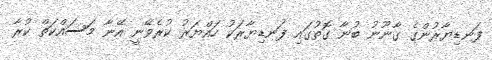
ފަނޑިޔާރުންގެ ގާނޫނު ބުނާ ގޮތުގައި ފަނޑިޔާރަކު ހައްޔަރު ކުރެވޭނީ އޭނާ މަސައްކަތް ކުރާ